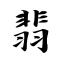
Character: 翡